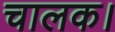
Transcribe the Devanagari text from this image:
चालक।